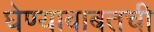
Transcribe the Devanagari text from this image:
घेण्याबाबतची